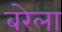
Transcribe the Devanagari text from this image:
बरेला